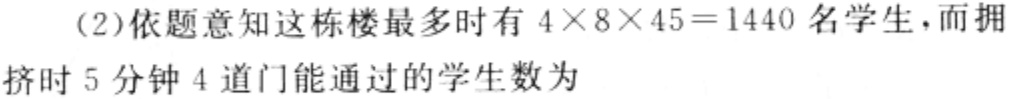
(2)依题意知这栋楼最多时有\(4\times8\times45 = 1440\)名学生，而拥挤时5分钟4道门能通过的学生数为